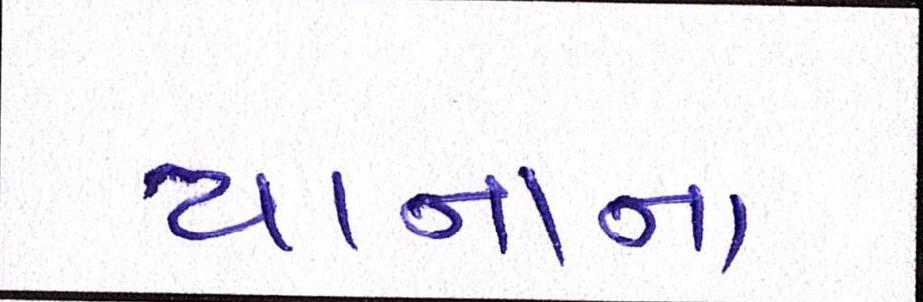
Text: યાનાના